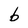
Character: b